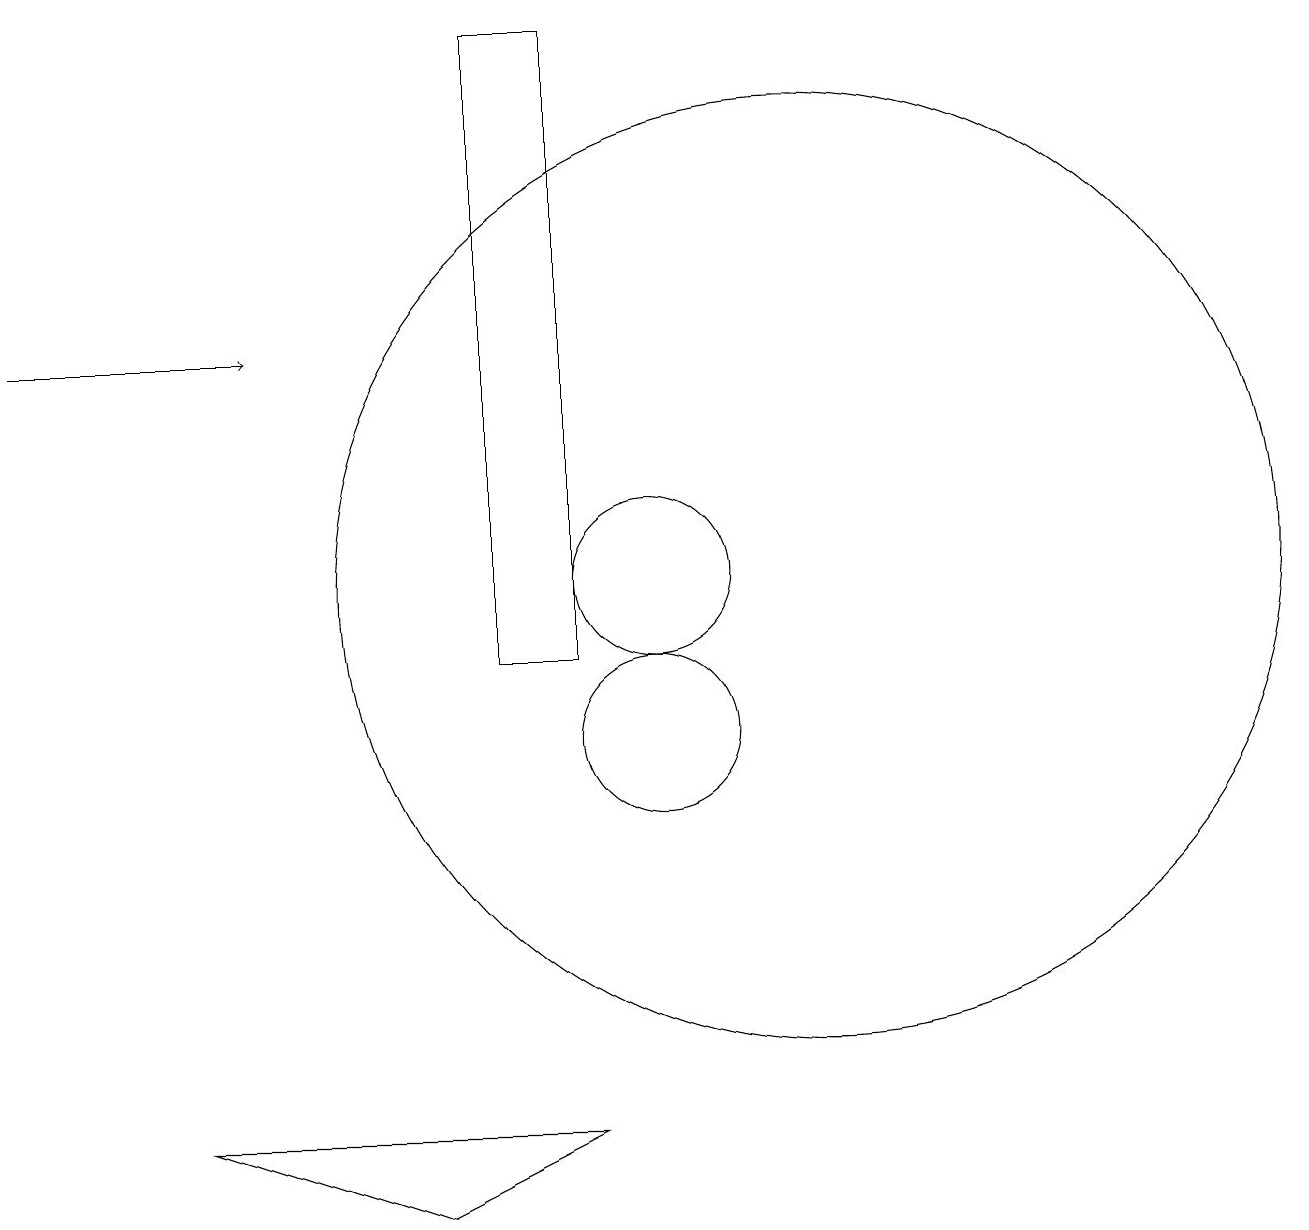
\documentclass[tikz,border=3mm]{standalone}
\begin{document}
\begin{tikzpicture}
\draw (9,11) rectangle (8,19);
\draw (12,12) circle (6);
\draw (10,12) circle (1);
\draw (9,5) -- (4,5) -- (7,4) -- cycle;
\draw (10,10) circle (1);
\draw[->] (2,15) -- (5,15);
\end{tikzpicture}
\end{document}